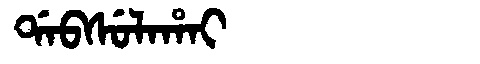
Manchu: ᡩᠠᠪᠰᡠᠯᠠᡥᠠᡳ
Romanization: DABSULAHAI